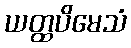
ယတ္ထပိမေသံ